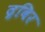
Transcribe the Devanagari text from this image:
द्रविर